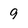
Character: 9